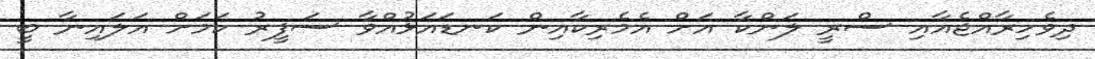
ދިވެހިރާއްޖެއާއި ސްރީ ލަންކާ އަށް އެމެރިކާއިން ކަނޑައަޅުއްވާ ސަފީރު ކަމަށް އަލައިނާ ބީ